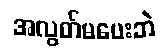
အလွတ်မပေးဘဲ